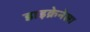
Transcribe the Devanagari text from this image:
डाइक्रेनेला